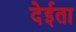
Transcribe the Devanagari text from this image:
देईता